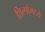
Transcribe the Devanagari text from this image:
शिल्पांमध्ये